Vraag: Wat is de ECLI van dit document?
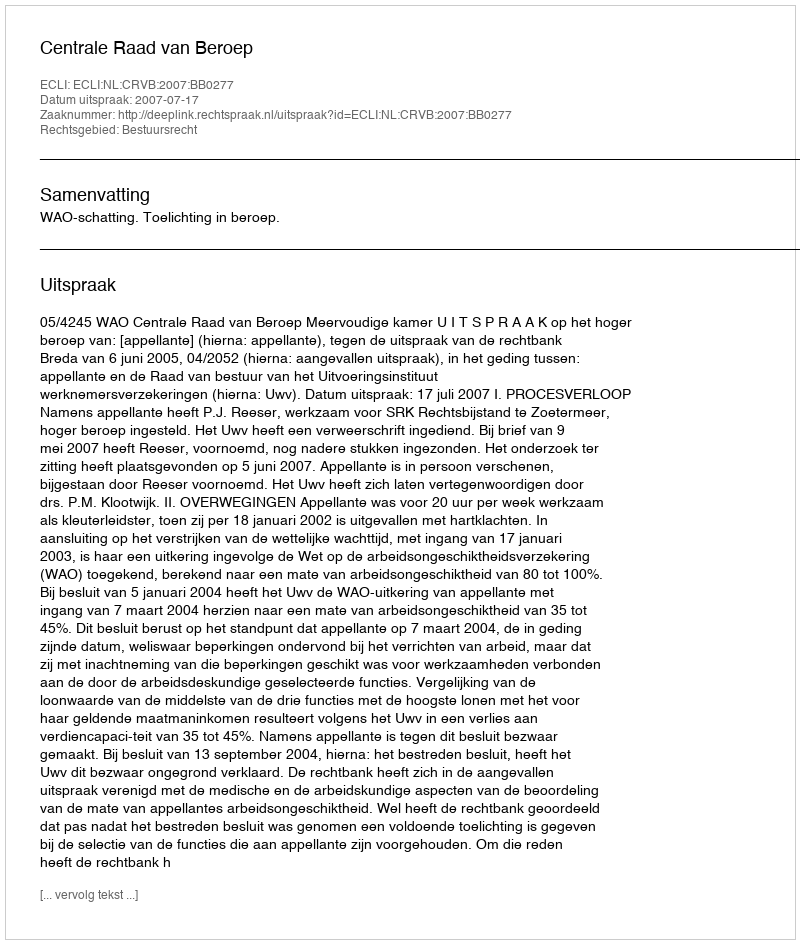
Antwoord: ECLI:NL:CRVB:2007:BB0277